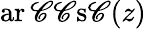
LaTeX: \operatorname{ar\mathscr{C}\mathscr{C}s\mathscr{C}}(z)